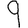
Digit: 9